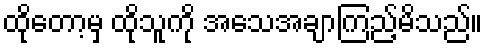
ထိုတော့မှ ထိုသူကို အသေအချာကြည့်မိသည်။